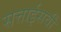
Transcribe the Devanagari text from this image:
सत्ताईसवीं